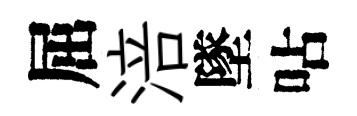
屈涪墜呫